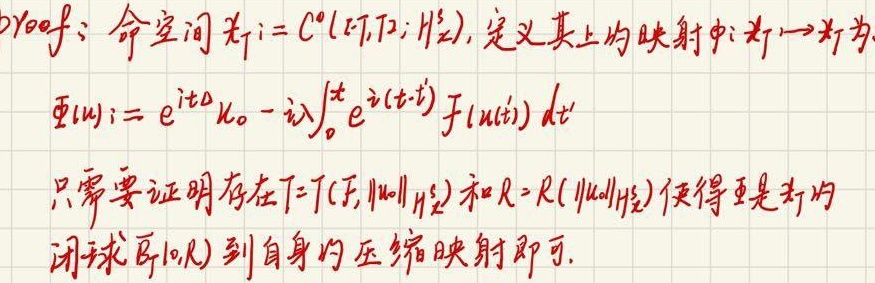
Proof：命空间为 \(X_T = C^0([-T,T];H_{x}^{s})\), 定义其上的映射 \(\Phi:X_T\to X_T\)为
\[\Phi(u):=e^{it\Delta}u_0 - i\lambda\int_{0}^{t}e^{i(t - t')\Delta}F(u(t'))dt'\]
只需要证明存在 \(T = T(F,\|u_0\|_{H_{x}^{s}})\) 和 \(R = R(\|u_0\|_{H_{x}^{s}})\)使得 \(\Phi\)是 \(X_T\)的闭球 \(\overline{B}_T(0,R)\) 到自身的压缩映射即可.